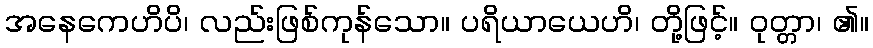
အနေကေဟိပိ၊ လည်းဖြစ်ကုန်သော။ ပရိယာယေဟိ၊ တို့ဖြင့်။ ဝုတ္တာ၊ ၏။